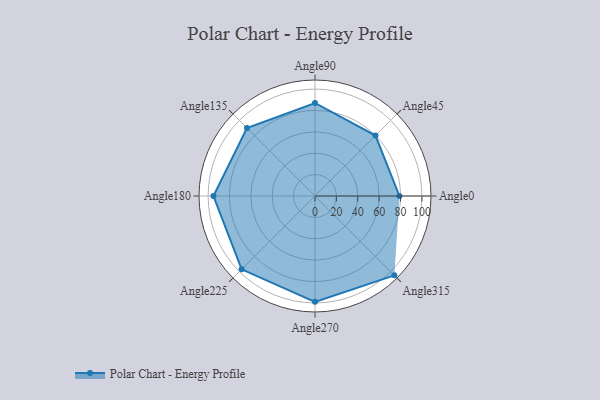
{"axis": {"x": "Angle", "y": "Radius"}, "legend": [""], "data": [{"x": "Angle0", "y": 79.0, "type": ""}, {"x": "Angle45", "y": 80.0, "type": ""}, {"x": "Angle90", "y": 87.0, "type": ""}, {"x": "Angle135", "y": 90.0, "type": ""}, {"x": "Angle180", "y": 95.0, "type": ""}, {"x": "Angle225", "y": 97.0, "type": ""}, {"x": "Angle270", "y": 99.0, "type": ""}, {"x": "Angle315", "y": 105.0, "type": ""}]}